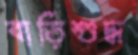
বাড়িশুদ্ধ